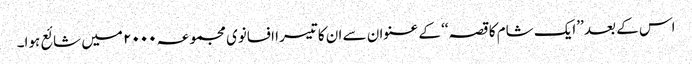
اس کے بعد ’’ایک شام کا قصہ‘‘ کے عنوان سے ان کا تیسرا افسانوی مجموعہ ۲۰۰۰ میں شائع ہوا۔